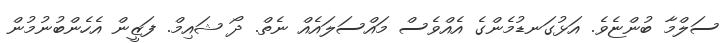
ސަލްމާ ބުންޏެވެ. އަޅުގަނޑުމެންގެ އެއްވެސް މައްސަލައެއް ނެތް. ދޯ ޝައިމް. ފަޒީން އެހެންބުނުމުން